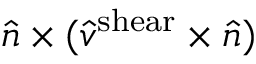
\hat { n } \times ( \hat { v } ^ { \mathrm { s h e a r } } \times \hat { n } )